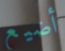
أضيع